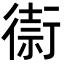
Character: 𢕥